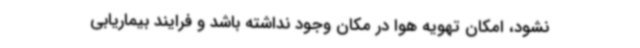
نشود، امکان تهویه هوا در مکان وجود نداشته باشد و فرایند بیماریابی